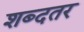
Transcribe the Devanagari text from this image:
शब्दतर